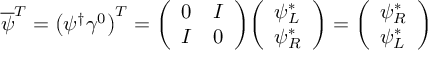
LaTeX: { \overline { { \psi } } } ^ { T } = \left( \psi ^ { \dagger } \gamma ^ { 0 } \right) ^ { T } = { \left( \begin{array} { l l } { 0 } & { I } \\ { I } & { 0 } \end{array} \right) } { \left( \begin{array} { l } { \psi _ { L } ^ { * } } \\ { \psi _ { R } ^ { * } } \end{array} \right) } = { \left( \begin{array} { l } { \psi _ { R } ^ { * } } \\ { \psi _ { L } ^ { * } } \end{array} \right) }